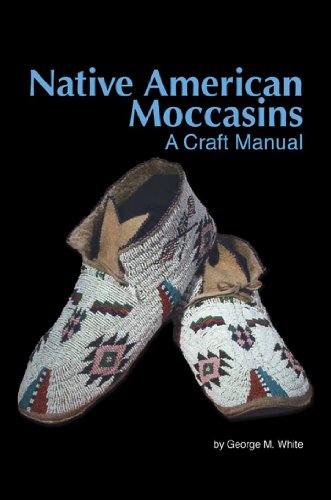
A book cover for Native American Moccasins: A Craft Manual; George M. White; Crafts, Hobbies & Home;